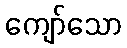
ကျော်သော